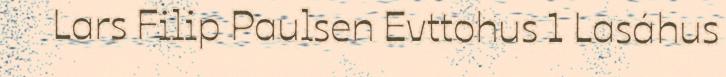
Lars Filip Paulsen Evttohus 1 Lasáhus